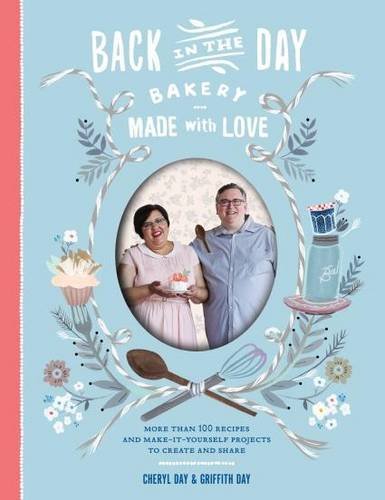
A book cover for Back in the Day Bakery Made with Love: More than 100 Recipes and Make-It-Yourself Projects to Create and Share; Cheryl Day; Cookbooks, Food & Wine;